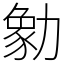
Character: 勨